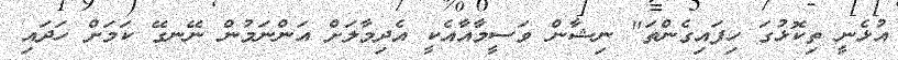
އުޅެނީ ތިކޮޅުގަ ހިފައިގެންތަ" ނިޝާން ވަސީމާއާއެކީ އެދިމާލަށް އަންނަމުން ނޭނގޭ ކަމަށް ހަދައި